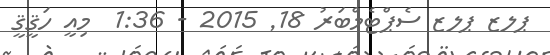
ޕލޒ ޕލޒ ސެޕްޓެމްބަރު 18